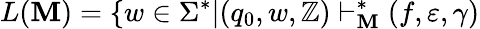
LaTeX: L(\mathbf{M})=\{ w\in\Sigma^{*}|(q_{0},w,\mathbb{Z})\vdash_{\mathbf{M}}^{*}(f,\varepsilon,\gamma)